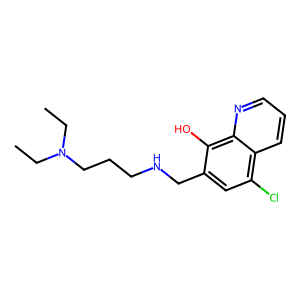
SMILES: CCN(CC)CCCNCc1cc(Cl)c2cccnc2c1O
Inhibits HIV replication: No